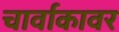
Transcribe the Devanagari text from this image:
चार्वाकावर